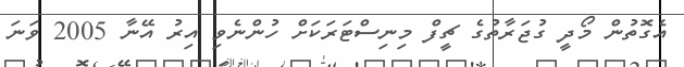
އެގޮތުން މޯދީ ގުޖަރާތުގެ ޗީފް މިނިސްޓަރަކަށް ހުންނެވި އިރު އޭނާ 2005 ވަނަ